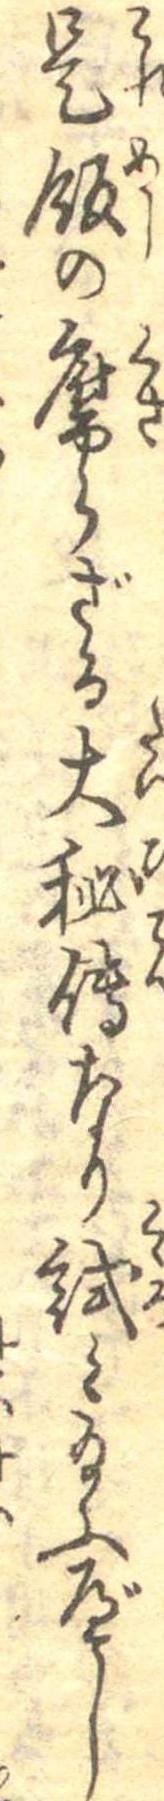
是飯の腐らざる大秘伝なり試み給ふべし